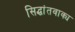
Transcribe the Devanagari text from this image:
सिद्धांतवाक्य